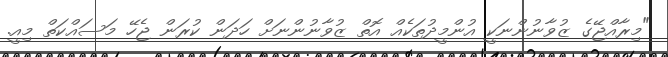
"މިރާއްޖޭގެ ޒުވާނުންނަކީ އުންމީދުތަކެއް އޮތް ޒުވާނުންނަށް ހަދަން ކުރަން ޖެހޭ މަސައްކަތް މިއީ.